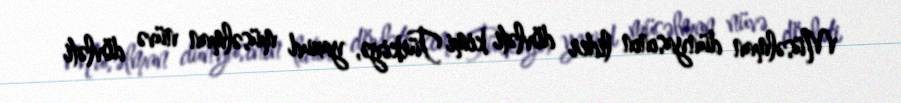
Müsəlman dünyasının lider dövləti kimi Türkiyə, yaxud müsəlman nüvə dövləti